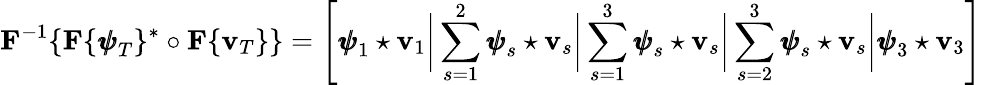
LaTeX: {\mathbf F}^{-1}\{ {\mathbf F}\{ {\pmb{\psi}}_{T}\} ^{*}\circ{\mathbf F}\{ {\mathbf v}_{T}\} \} =\left[{\pmb{\psi}}_{1}\star{\mathbf v}_{1}\biggr\rvert\sum_{s=1}^{2}{\pmb{\psi}}_{s}\star{\mathbf v}_{s}\biggr\rvert\sum_{s=1}^{3}{\pmb{\psi}}_{s}\star{\mathbf v}_{s}\biggr\rvert\sum_{s=2}^{3}{\pmb{\psi}}_{s}\star{\mathbf v}_{s}\biggr\rvert{\pmb{\psi}}_{3}\star{\mathbf v}_{3}\right]